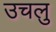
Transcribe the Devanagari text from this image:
उचलु